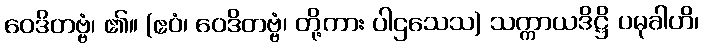
ဝေဒိတဗ္ဗံ၊ ၏။ (ဧဝံ၊ ဝေဒိတဗ္ဗံ၊ တို့ကား ပါဌသေသ) သက္ကာယဒိဋ္ဌိ ပမုခါဟိ၊